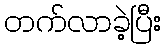
တက်လာခဲ့ပြီး